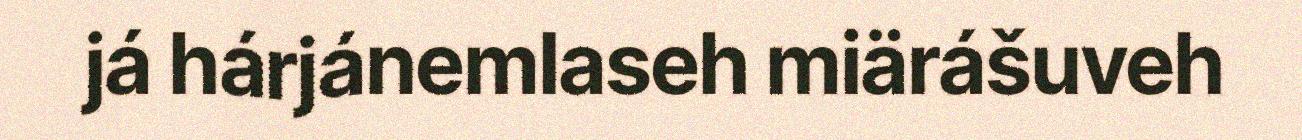
já hárjánemlaseh miärášuveh